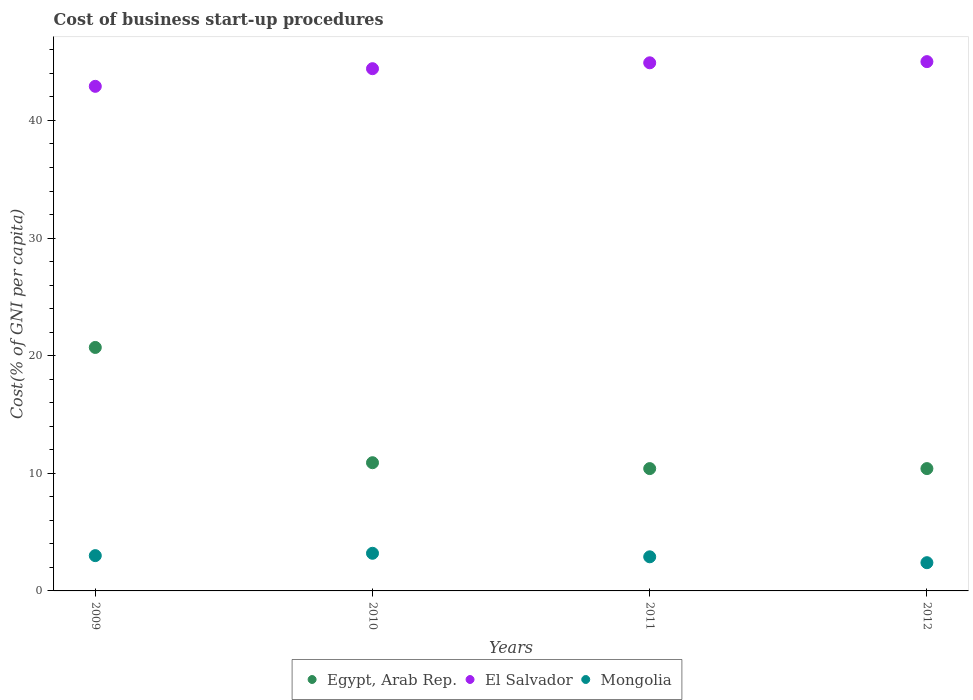
| Years | Egypt, Arab Rep. | El Salvador | Mongolia |
 | --- | --- | --- | --- |
 | 2009 | 20.7 | 42.9 | 3 |
 | 2010 | 10.9 | 44.4 | 3.2 |
 | 2011 | 10.4 | 44.9 | 2.9 |
 | 2012 | 10.4 | 45 | 2.4 |